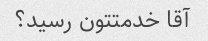
آقا خدمتتون رسید؟